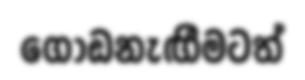
ගොඩනැඟීමටත්